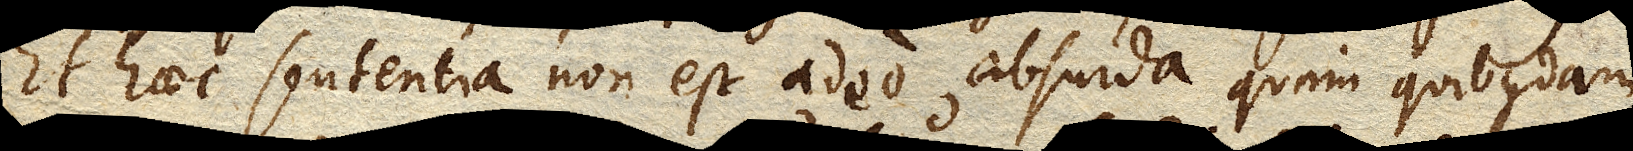
Et haec sententia non est adeo absurda quam quibusdam